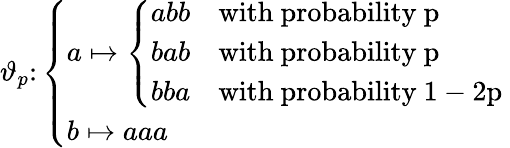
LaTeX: \vartheta_{p}\colon\left\{ \begin{array}{ll}{a\mapsto\left\{ \begin{array}{ll}{abb}&{\mathrm{with~probability~p~}}\\ {bab}&{\mathrm{with~probability~p~}}\\ {bba}&{\mathrm{with~probability~1-2p~}}\end{array}\right.}\\ {b\mapsto aaa}\end{array}\right.